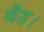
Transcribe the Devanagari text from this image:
बैंड।